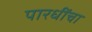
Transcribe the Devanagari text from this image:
पारधींचा